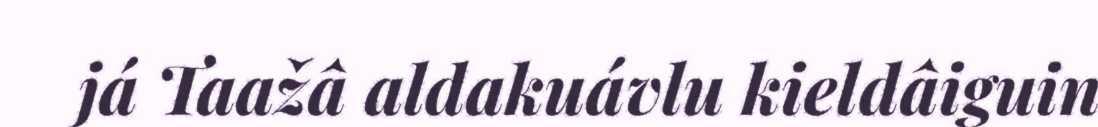
já Taažâ aldakuávlu kieldâiguin